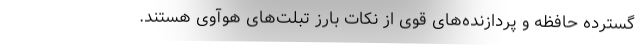
گسترده حافظه و پردازنده‌های قوی از نکات بارز تبلت‌های هوآوی هستند.